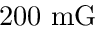
2 0 0 ~ \mathrm { m G }